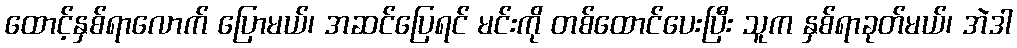
ထောင့်နှစ်ရာလောက် ပြောမယ်၊ အဆင်ပြေရင် မင်းကို တစ်ထောင်ပေးပြီး သူက နှစ်ရာခုတ်မယ်၊ အဲဒါ